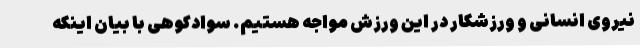
نیروی انسانی و ورزشکار در این ورزش مواجه هستیم. سوادکوهی با بیان اینکه